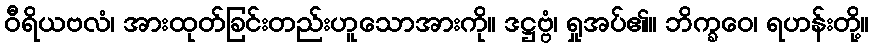
ဝီရိယဗလံ၊ အားထုတ်ခြင်းတည်းဟူသောအားကို။ ဒဋ္ဌဗ္ဗံ၊ ရှုအပ်၏။ ဘိက္ခဝေ၊ ရဟန်းတို့။